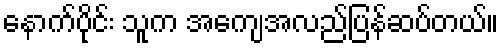
နောက်ပိုင်း သူက အကျေအလည်ပြန်ဆပ်တယ်။